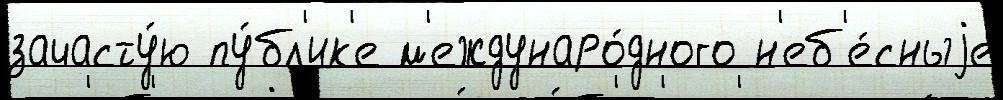
зачасту́ю пу́бл'ик'е м'еждунаро́дного н'еб'е́сныjе